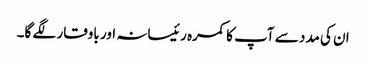
ان کی مدد سے آپ کا کمرہ رئیسانہ اور باوقار لگے گا۔